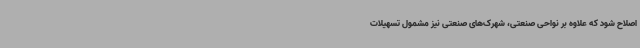
اصلاح شود که علاوه بر نواحی صنعتی، شهرک‌های صنعتی نیز مشمول تسهیلات